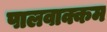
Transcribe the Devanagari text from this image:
पालवाक्कम